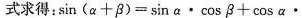
式求得：$$\sin ( α + β ) = \sin α \cdot \cos β + \cos α \cdot